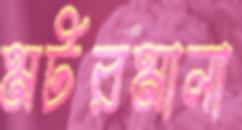
মটরমালা